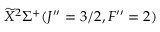
\widetilde { X } ^ { 2 } \Sigma ^ { + } ( J ^ { \prime \prime } = 3 / 2 , F ^ { \prime \prime } = 2 )